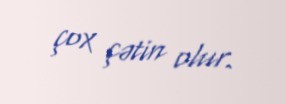
çox çətin olur.